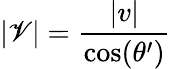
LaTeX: |\mathscr{V}|=\frac{{|v|}}{{\textrm{{cos}}(\theta^{\prime})}}